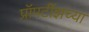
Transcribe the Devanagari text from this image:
प्रॉपर्टीझच्या